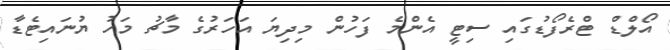
އޯލްޑް ޓްރެފޯޑުގައި ސިޓީ އެންމެ ފަހުން މިދިޔަ އަހަރުގެ މާޗު މަހު ޔުނައިޓެޑާ